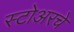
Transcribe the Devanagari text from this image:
स्टोअरचे